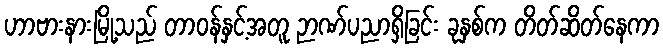
ဟာဗားနားမြို့သည် တာဝန်နှင့်အတူ ဉာဏ်ပညာရှိခြင်း ခုနှစ်က တိတ်ဆိတ်နေကာ